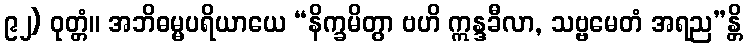
၉၂) ဝုတ္တံ။ အဘိဓမ္မပရိယာယေ “နိက္ခမိတွာ ဗဟိ ဣန္ဒခီလာ, သဗ္ဗမေတံ အရည”န္တိ